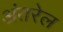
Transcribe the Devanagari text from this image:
अंतरेल